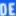
DEE